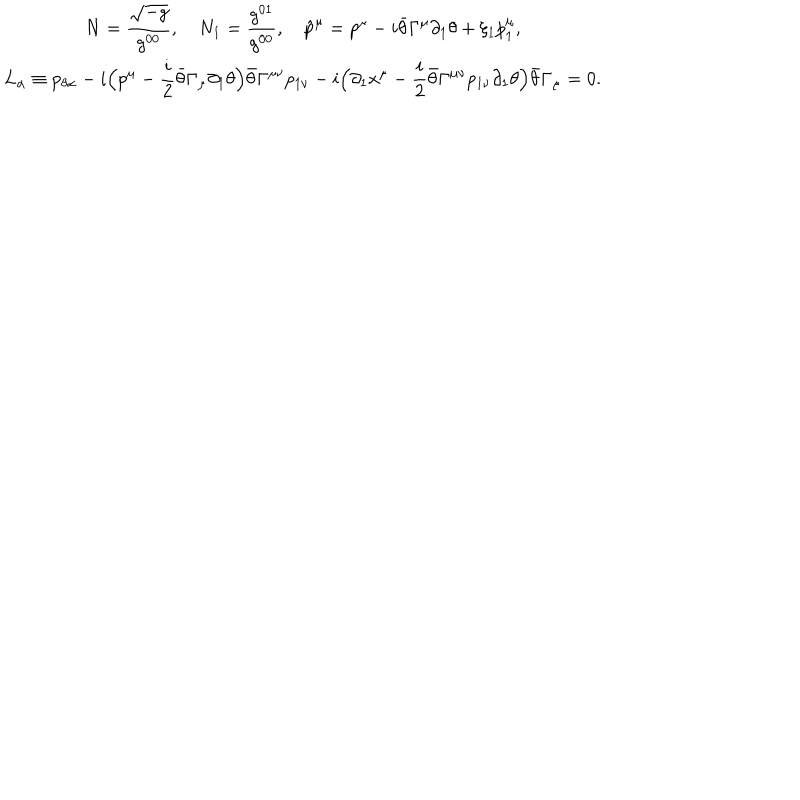
\begin{array} { c } { { N = \displaystyle \frac { \sqrt { - g } } { g ^ { 0 0 } } , \quad N _ { 1 } = \frac { g ^ { 0 1 } } { g ^ { 0 0 } } , \quad \hat { p } ^ { \mu } = p ^ { \mu } - i \bar { \theta } \Gamma ^ { \mu } \partial _ { 1 } \theta + \xi _ { 1 } p _ { 1 } ^ { \mu } , } } \\ { { L _ { \alpha } \equiv p _ { \theta \alpha } - i \displaystyle \Big ( p ^ { \mu } - \frac i 2 \bar { \theta } \Gamma _ { \mu } \partial _ { 1 } \theta \Big ) \bar { \theta } \Gamma ^ { \mu \nu } p _ { 1 \nu } - i \Big ( \partial _ { 1 } x ^ { \mu } - \frac i 2 \bar { \theta } \Gamma ^ { \mu \nu } p _ { 1 \nu } \partial _ { 1 } \theta \Big ) \bar { \theta } \Gamma _ { \mu } = 0 . } } \\ \end{array}